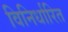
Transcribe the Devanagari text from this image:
विनिर्धारित